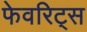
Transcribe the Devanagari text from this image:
फेवरिट्स